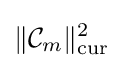
\|{\mathcal {C}}_{m}\|_{\mathrm {cur} }^{2}